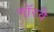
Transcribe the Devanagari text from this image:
नाॅरवे